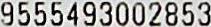
9555493002853